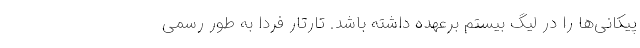
پیکانی‌ها را در لیگ بیستم برعهده داشته باشد. تارتار فردا به طور رسمی